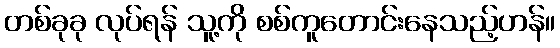
တစ်ခုခု လုပ်ရန် သူ့ကို စစ်ကူတောင်းနေသည့်ဟန်။